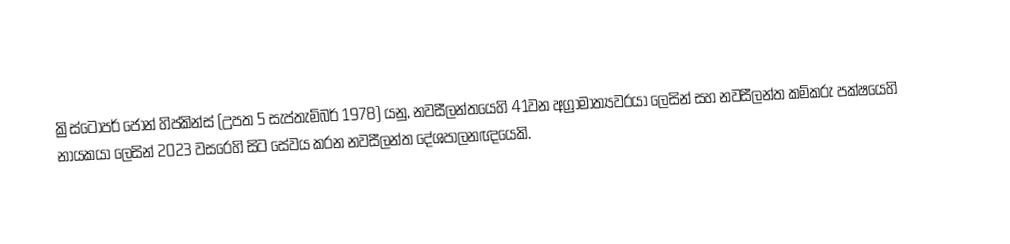
ක්‍රිස්ටෝපර් ජෝන් හිප්කින්ස් (උපත 5 සැප්තැම්බර් 1978) යනු, නවසීලන්තයෙහි 41වන අග්‍රාමාත්‍යවරයා ලෙසින් සහ නවසීලන්ත කම්කරු පක්ෂයෙහි නායකයා ලෙසින් 2023 වසරෙහි සිට සේවය කරන නවසීලන්ත දේශපාලනඥයෙකි.